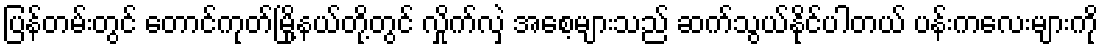
ပြန်တမ်းတွင် တောင်ကုတ်မြို့နယ်တို့တွင် လှိုက်လှဲ အစေ့များသည် ဆက်သွယ်နိုင်ပါတယ် ပန်းကလေးများကို